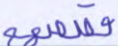
قصصهم